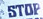
STOP